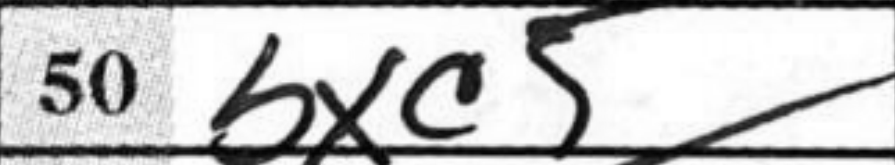
Transcription: bxc5